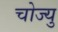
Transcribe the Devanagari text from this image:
चोज्यु